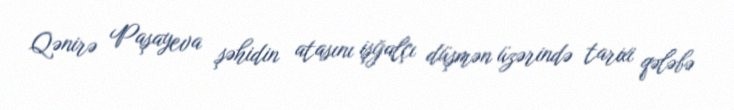
Qənirə Paşayeva şəhidin atasını işğalçı düşmən üzərində tarixi qələbə